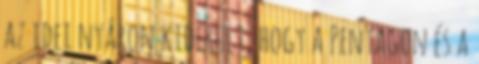
az idei nyáron kiderült, hogy a Pentagon és a